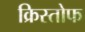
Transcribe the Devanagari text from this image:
क्रिस्तोफ